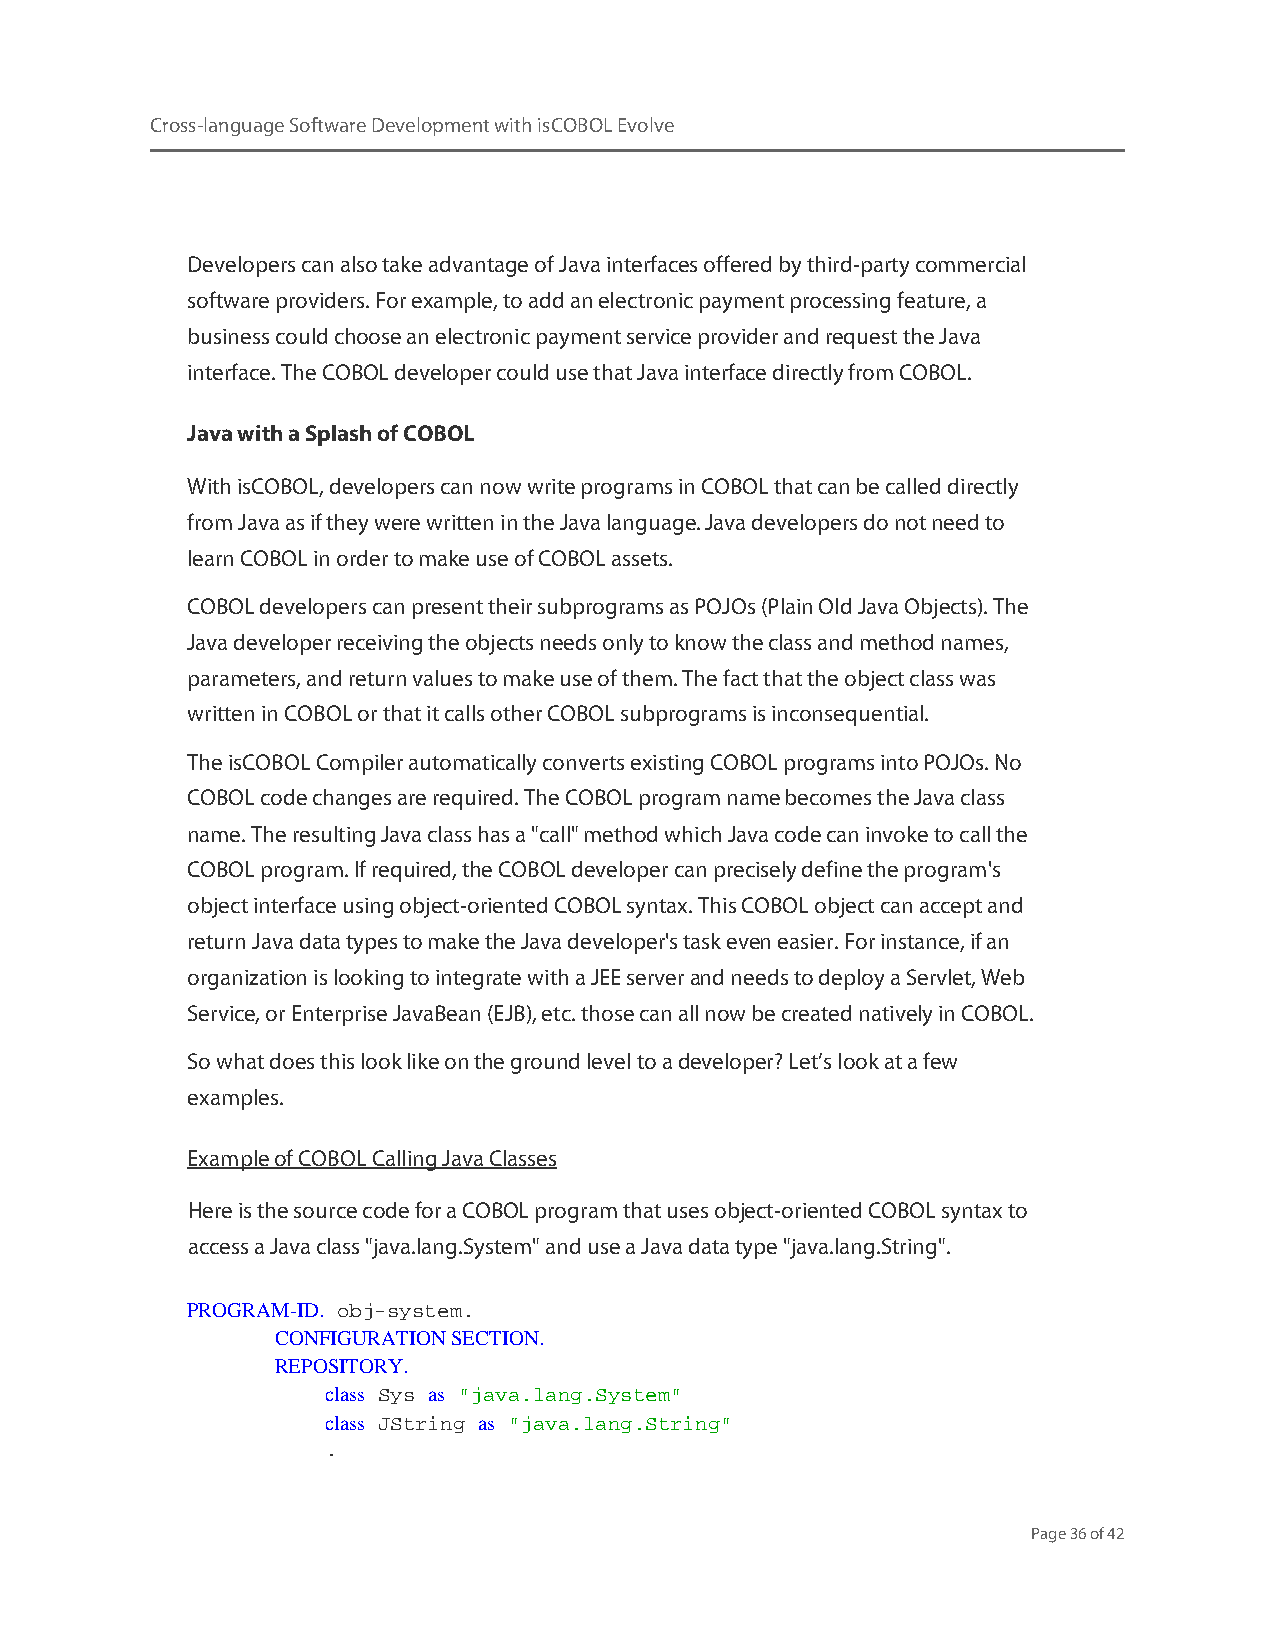
Cross-language Software Development with isCOBOL Evolve
 Developers can also take advantage of Java interfaces offered by third-party commercial
 software providers. For example, to add an electronic payment processing feature, a
 business could choose an electronic payment service provider and request the Java
 interface. The COBOL developer could use that Java interface directly from COBOL.
 Java with a Splash of COBOL
 With isCOBOL, developers can now write programs in COBOL that can be called directly
 from Java as if they were written in the Java language. Java developers do not need to
 learn COBOL in order to make use of COBOL assets.
 COBOL developers can present their subprograms as POJOs (Plain Old Java Objects). The
 Java developer receiving the objects needs only to know the class and method names,
 parameters, and return values to make use of them. The fact that the object class was
 written in COBOL or that it calls other COBOL subprograms is inconsequential.
 The isCOBOL Compiler automatically converts existing COBOL programs into POJOs. No
 COBOL code changes are required. The COBOL program name becomes the Java class
 name. The resulting Java class has a "call" method which Java code can invoke to call the
 COBOL program. If required, the COBOL developer can precisely define the program's
 object interface using object-oriented COBOL syntax. This COBOL object can accept and
 return Java data types to make the Java developer's task even easier. For instance, if an
 organization is looking to integrate with a JEE server and needs to deploy a Servlet, Web
 Service, or Enterprise JavaBean (EJB), etc. those can all now be created natively in COBOL.
 So what does this look like on the ground level to a developer? Let’s look at a few
 examples.
 Example of COBOL Calling Java Classes
 Here is the source code for a COBOL program that uses object-oriented COBOL syntax to
 access a Java class "java.lang.System" and use a Java data type "java.lang.String".
 PROGRAM-ID. obj-system.
 CONFIGURATION SECTION.
 REPOSITORY.
 class Sys as "java.lang.System"
 class JString as "java.lang.String"
 .
 Page 36 of 42